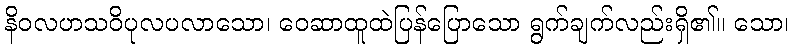
နိဝလဟသဝိပုလပလာသော၊ ဝေဆာထူထဲပြန်ပြောသော ရွက်ချက်လည်းရှိ၏။ သော၊